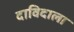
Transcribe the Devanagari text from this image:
दाविदाला